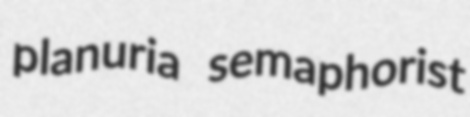
planuria semaphorist